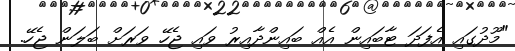
"މޫދުގައި އެފަދަ ޓާބައިން އެއް ބައިންދާއިރު ވައި ޖެހޭ ވަރަށް ބަލަން ޖެހޭ.